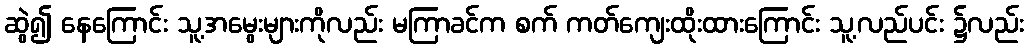
ဆွဲ၍ နေကြောင်း သူ့အမွေးများကိုလည်း မကြာခင်က စက် ကတ်ကျေးထိုးထားကြောင်း သူ့လည်ပင်း ၌လည်း